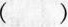
（）